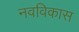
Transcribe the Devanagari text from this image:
नवविकास